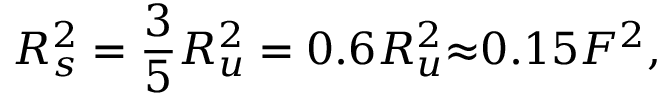
R _ { s } ^ { 2 } = \frac { 3 } { 5 } R _ { u } ^ { 2 } = 0 . 6 R _ { u } ^ { 2 } { \approx } 0 . 1 5 F ^ { 2 } ,